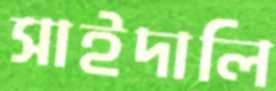
সাইদালি